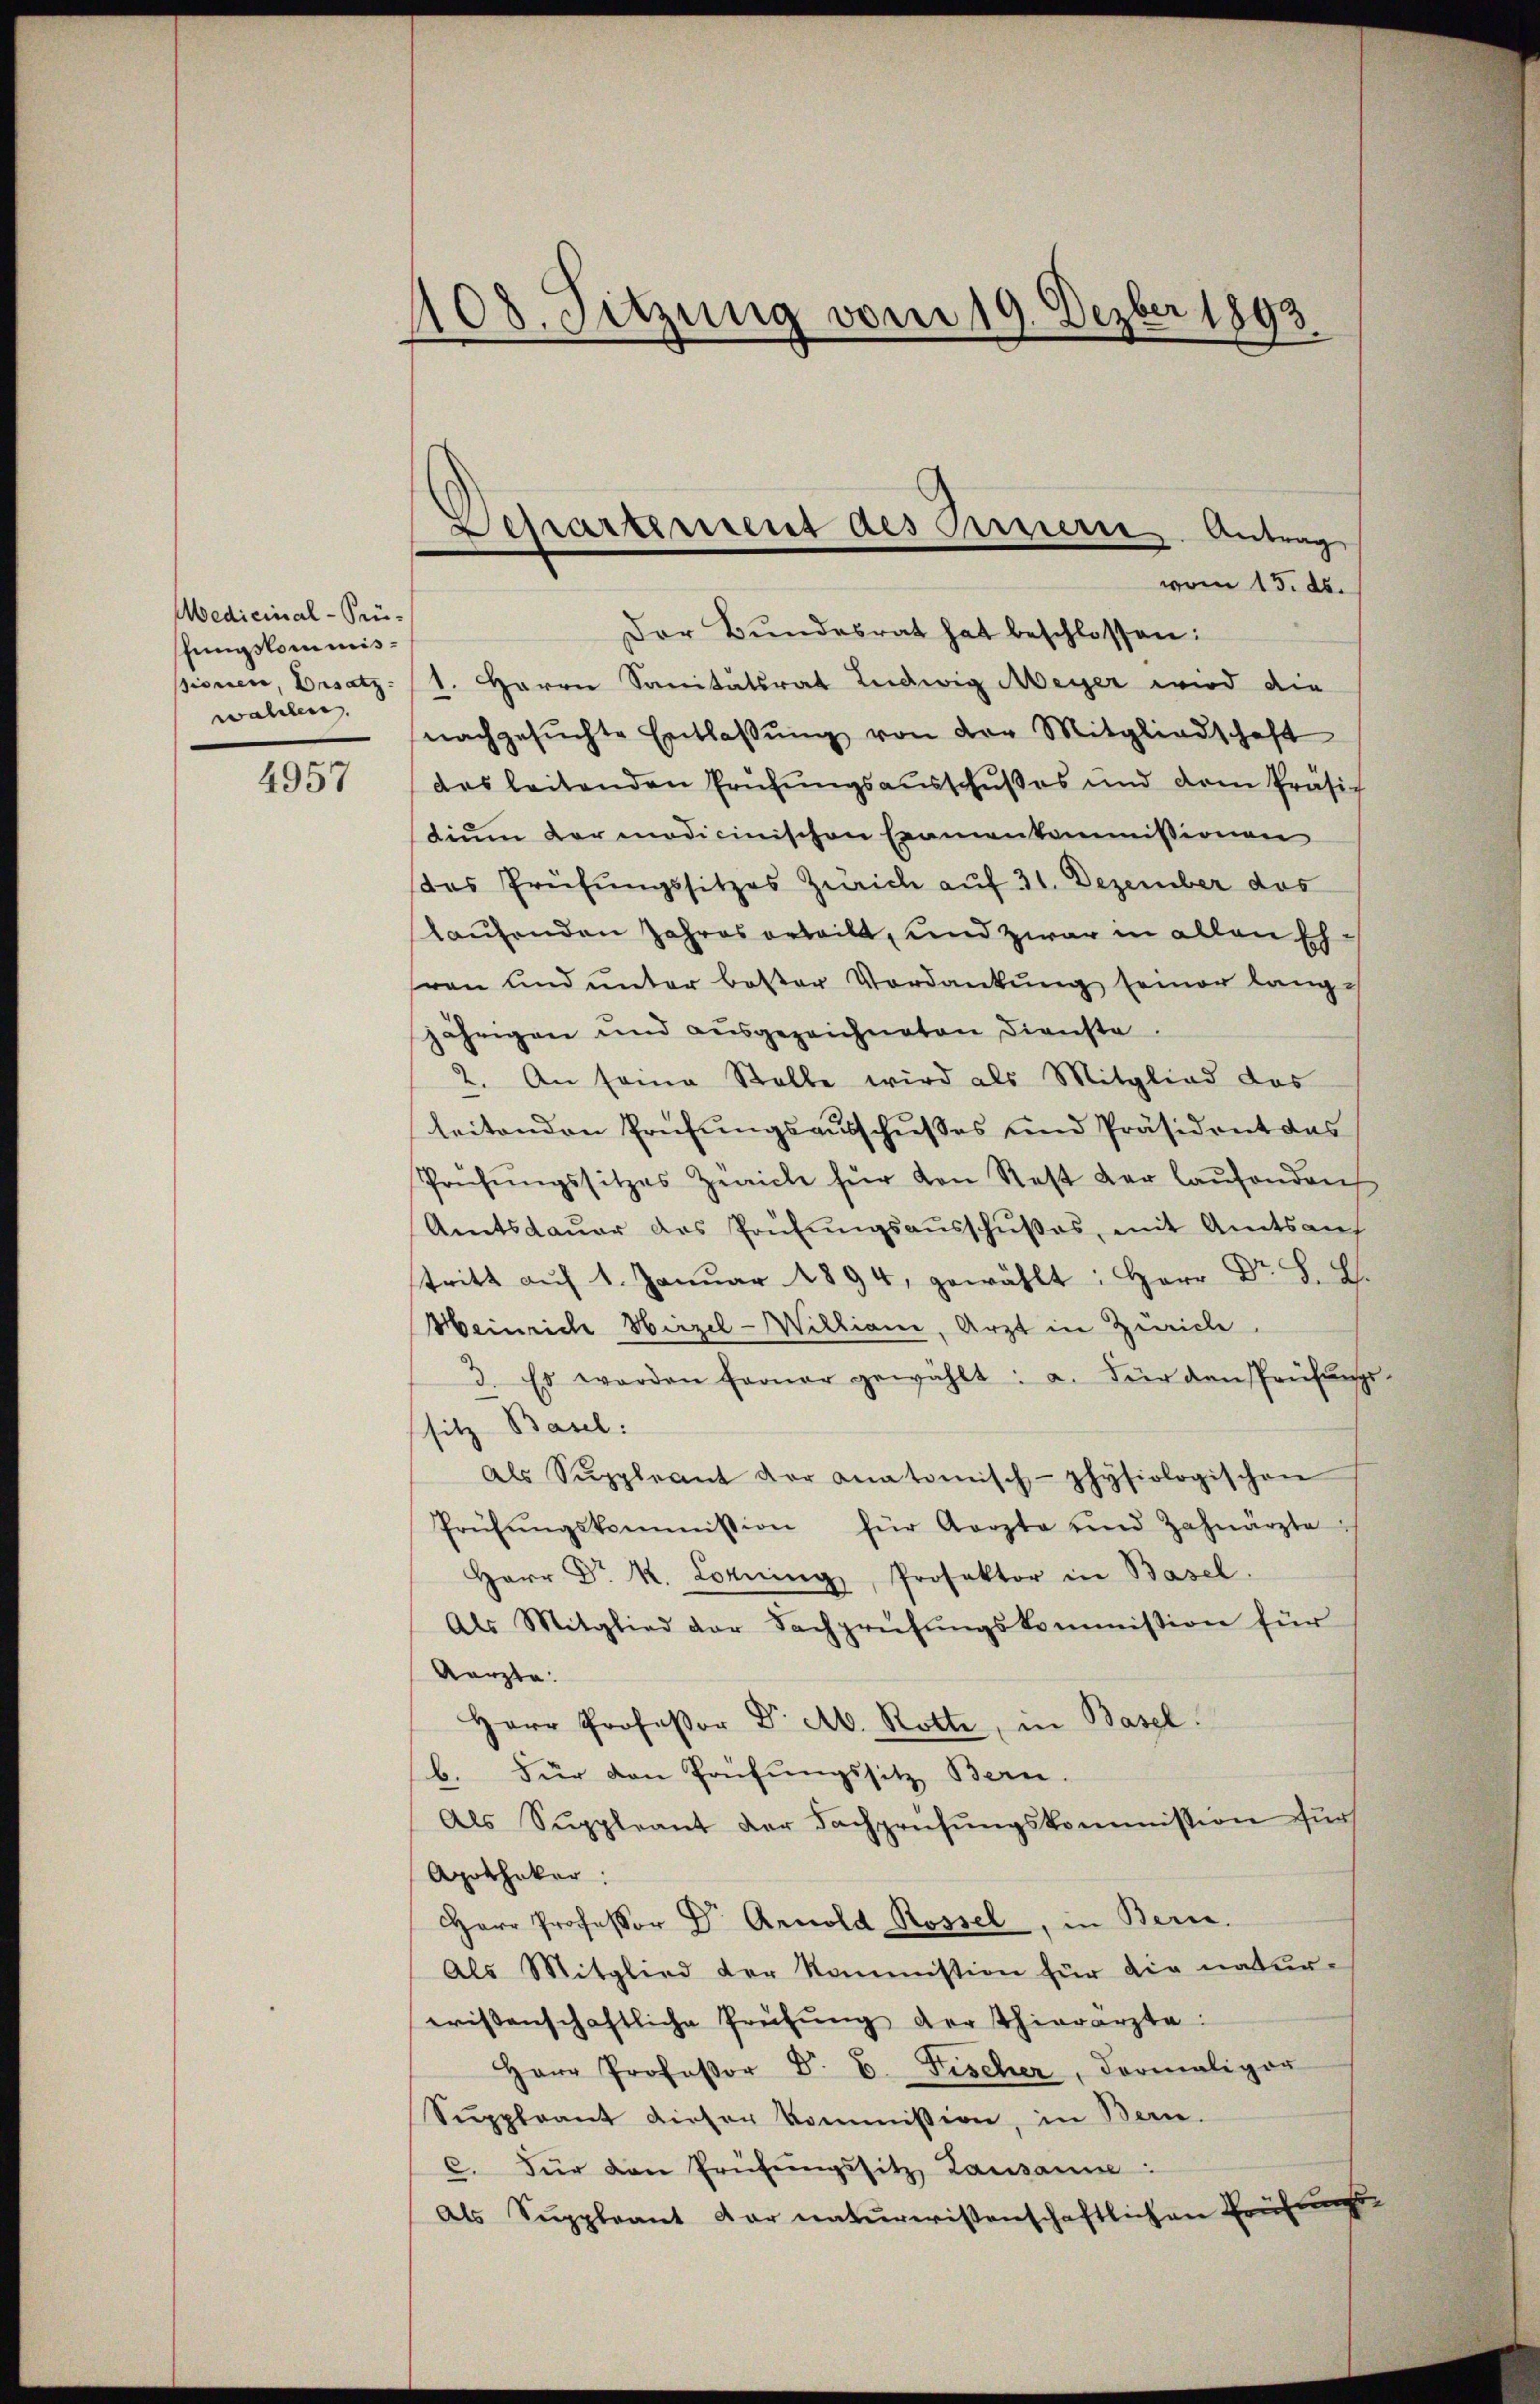
Medicinal-Prü-
Jungskommissionen, Besatz
wahlen.

4957

108. Sitzung vom 19. Dezber 1893

Lepartement des Bernern, Antrag

vom 15. ds.
Der Bundesrat hat beschlossen:
1. Herrn Sanitätsrat Ludwig Meyer wird die
nachgesŭchte Entlassŭng von der Mitgliedschaft
das leitenden Prüfungsausschußes und dem Präsi-
tium der modicinischen Examenkommissionen
das Prüfungssitzes Zürich auf 31. Dezember das
laufenden Jahres erteilt, und zwar in allen Ehvon und unter bester Verdankŭng seiner lang-
jährigen und ausgezeichneten Dienste.
2. An seine Stelle wird als Mitglied das
leitenden Prüfungsausschusses und Präsident das
Prüfŭngssitzes Zeich für von Rest der laŭfenden
Amtsdaŭer des Prüfŭngsaŭsschŭβes, mit Amtsauf
tritt aŭf 1. Janŭar 1894, gewählt: Herr Dr. H. E.
Heinriche Hirzel-Williani, Arzt in Zürich
3. Es werden ferner gewählt: a. für den Prüfŭngs-
sitz Basel:
als Suppleant der anatomisch-physiologischen
Prüfŭngskommission für Aerzte und Zahnärzte
Herr Dr. R. Lorning, Prosektor in Basel.
Als Mitglied der Fachprüfŭngskommission für
Aarzte.
Herr Professor Dr. Ab. Rotte, in Basel.
b. Für den Prüfungssitz Bern.
Als Suppleant der Fachprüfungskommission für
Apothekar:
Herr Professor Dr. Arnold Rossel, in Bern.
Als Mitglied der kommission für die natur-
wissenschaftliche Prüfŭng der Thierarzte:
Herr Professor Dr. C. Fischer, Formaliger
Suppleant dieser kommission, in Bern.
C. Für den Prüfungssitz, Lausanne:
Als Suppleant der naturwissenschaftlichen Prüfung